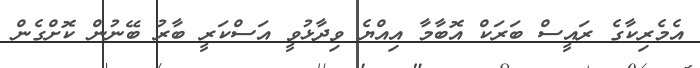
އެމެރިކާގެ ރައީސް ބަރަކް އޮބާމާ އިއްޔެ ވިދާޅުވީ އަސްކަރީ ބާރު ބޭނުން ކޮށްގެން